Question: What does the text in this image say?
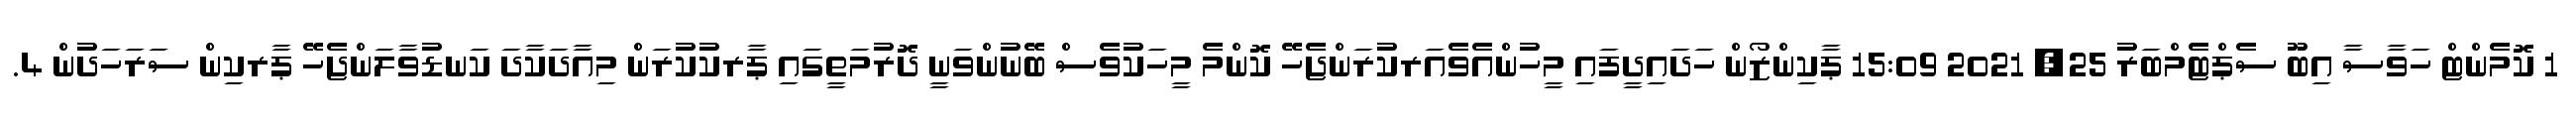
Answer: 1 ކޮމެންޓް ހަވާސާ އިބޫ ސެޕްޓެމްބަރު 25, 2021 15:09 ޕާކިންޒޯން ހަދައިދީފައި މީހުންއެވެއަރކުރަންޖެހޭ ކޮންމެ މީހަކުވެސް ބޭނުންވަނީ ދޮރުމަތީގައި ޕާރކުކުރަން މިއާދަކާދަ ކަނޑުވާލަންޖެހޭ ޕާރކިން ސަރަހަދުން 4.